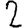
Digit: 2